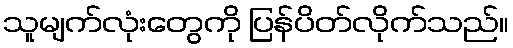
သူမျက်လုံးတွေကို ပြန်ပိတ်လိုက်သည်။